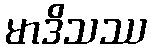
မာဒိသဿ